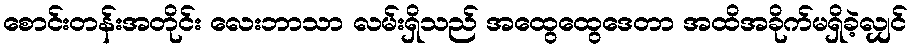
စောင်းတန်းအတိုင်း လေးဘာသာ လမ်းရှိသည် အထွေထွေဒေတာ အထိအခိုက်မရှိခဲ့လျှင်